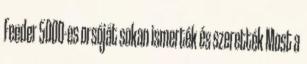
Feeder 5000-es orsóját sokan ismerték és szerették Most a